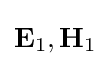
\mathbf {E} _{1},\mathbf {H} _{1}